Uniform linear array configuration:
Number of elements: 48
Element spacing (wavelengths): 0.75
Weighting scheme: hann
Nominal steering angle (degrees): -30
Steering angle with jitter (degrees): -28.037
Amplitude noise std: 0.05
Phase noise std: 0.05

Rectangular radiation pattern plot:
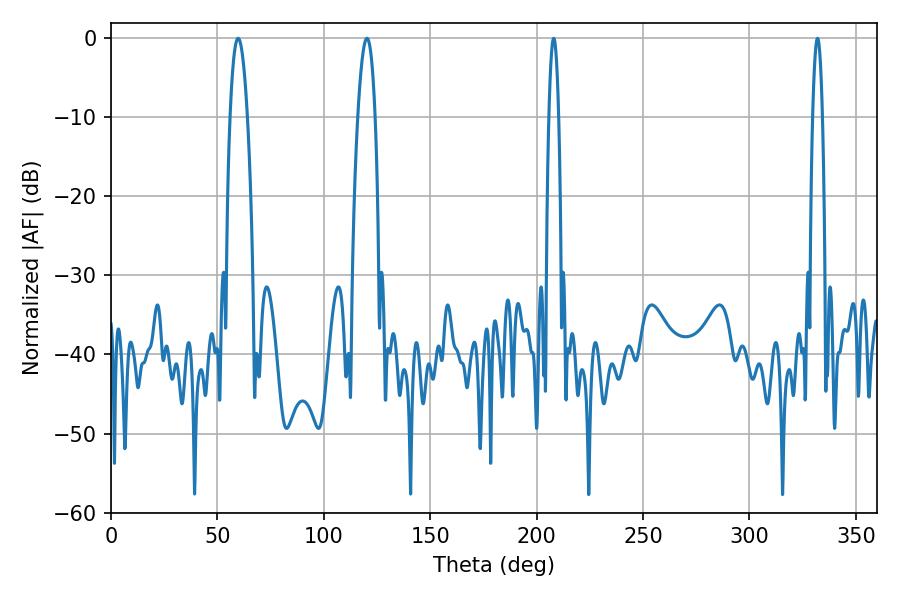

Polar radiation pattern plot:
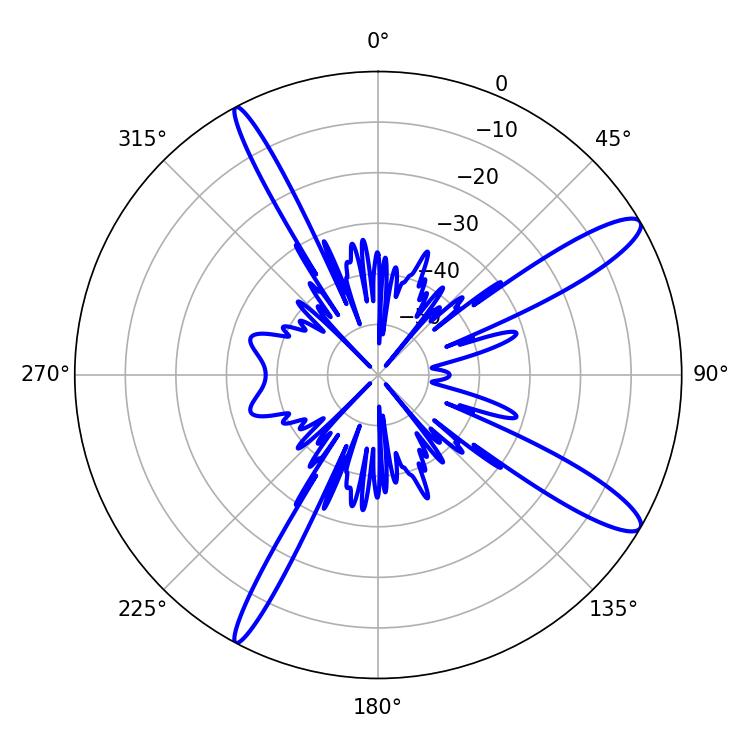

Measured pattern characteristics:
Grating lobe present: TRUE
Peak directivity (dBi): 12.947
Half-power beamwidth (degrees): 4.5
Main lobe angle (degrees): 59.76